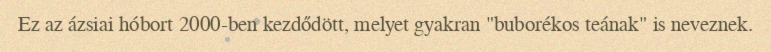
Ez az ázsiai hóbort 2000-ben kezdődött, melyet gyakran "buborékos teának" is neveznek.